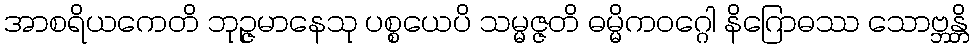
အာစရိယကေတိ ဘုဉ္ဇမာနေသု ပစ္စယေပိ သမ္မဇ္ဇတိ ဓမ္မိကဝဂ္ဂေါ နိဂြောဓဿ သောဗ္ဘန္တိ